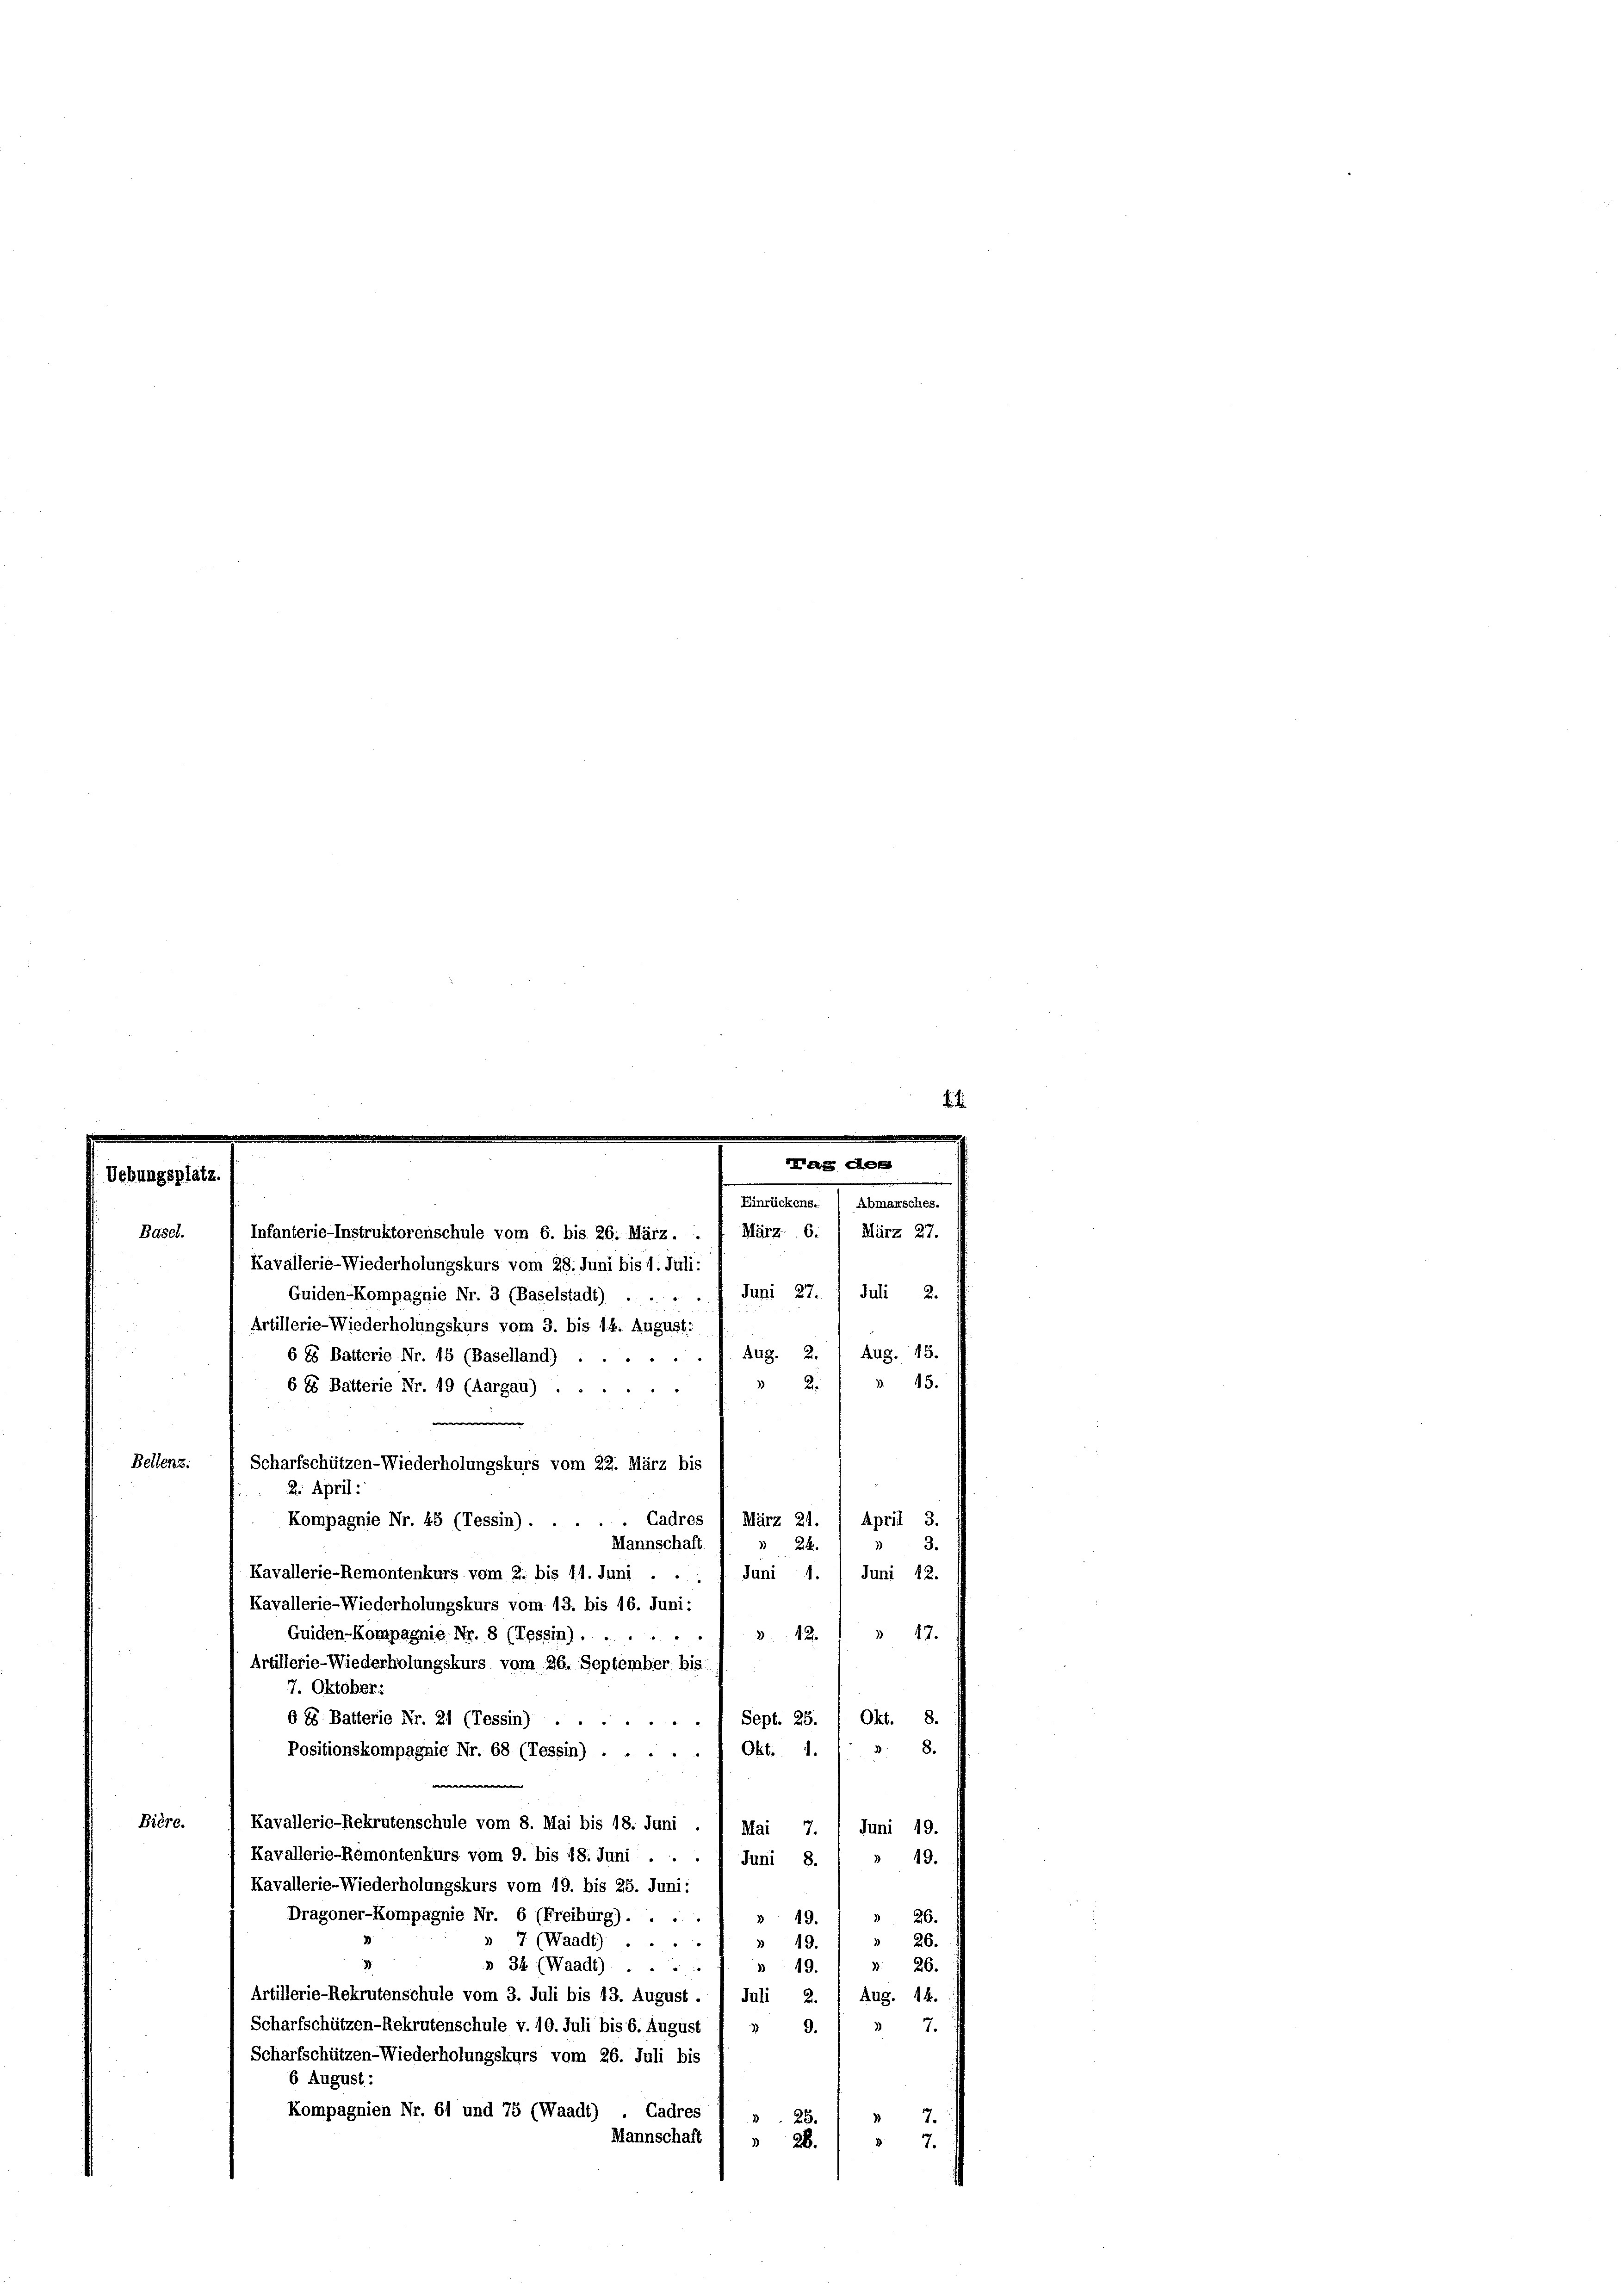
Bellenz:

Basel.
Kavallerie-Wiederholungskurs vom 28. Juni bis 1. Juli:
Guiden-Kompagnie Nr. 3 (Baselstadt) . . . . 7 Juni 27.
Artillerie-Wiederholungskurs vom 3. bis 14. August:
6 6 Batterie Nr. 15 (Baselland). Aug. 2. Aug. 15.
6 85 Batterie Nr. 19 (Aargau)
e
März 21.
Kompagnie Nr. 45 (Tessin) . . . . . Cadres
3.
Mannschaft.
24.
Kavallerie-Remontenkurs vom 2. bis 11. Juni . . 1. Juni 1. 1 Juni 12.
Kavallerie-Wiederholungskurs vom 13. bis 16. Juni:
§ 17.
 2
Guiden-Kompagnie Nr. 8 (Tessin) . . . . .
Artillerie-Wiederholungskurs vom 26. September bis
7. Oktober:
Sept. 25. /. Okt. 8.
6 85 Batterie Nr. 21 (Tessin)
8.
Okti. 1.
d
Positionskompagnie Nr. 68 (Tessin) . . . .
.
Bière.
Kavallerie-Rekrutenschule vom 8. Mai bis 18. Juni . 1 Mai 7. / Juni 19.
Kavallerie-Rémontenkurs vom 9. bis 18. Juni .
19.
Juni 8.
Kavallerie-Wiederholungskurs vom 19. bis 25. Juni:
Dragoner-Kompagnie Nr. 6 (Freiburg) . . . .
26.
)
 19.
 26.
7 (Waadt).
 19.
3
§ 34 (Waadt).
26.
319.
Artillerie-Rekrutenschule vom 3. Juli bis 13. August . 1 Juli 2. / Aug. 14.
Scharfschützen-Rekrutenschule v. 10. Juli bis 6. August 1 » 9.
 7.
Scharfschützen-Wiederholungskurs vom 26. Juli bis
6 August :
Kompagnien Nr. 61 und 75 (Waadt)
Cadres
7.
25.
3
Mannschaft
 28.
7.

Infanterie-Instruktorenschule vom 6. bis 26. März . . 7 März 6. März 27.

Scharfschützen-Wiederholungskurs vom 22. März bis
2. April:

Einrückens.
Abmarsches.

Juli 2.

3 Die

April 3.

3. 45.